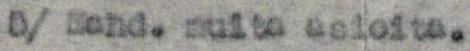
5/ Mahd. muita asioita.